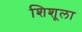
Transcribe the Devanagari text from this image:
शिशूला